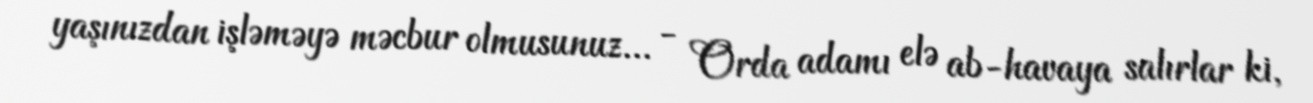
yaşınızdan işləməyə məcbur olmusunuz... - Orda adamı elə ab-havaya salırlar ki,